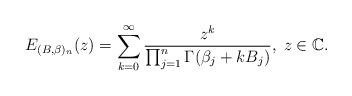
LaTeX: \begin{align*}E_{(B,\beta)_n}(z)=\sum_{k=0}^\infty\frac{z^k}{\prod_{j=1}^n\Gamma(\beta_j+kB_j)},\;z\in\mathbb{C}.\end{align*}